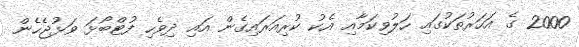
2000 ގެ އަހަރުތަކުގައި ހަލުވިކަމާއި އެކު ކުރިއަރައިގެން އައި ދިވެހި ފުޓްބޯޅަ ވަޅުޖެހެން